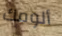
ألومك